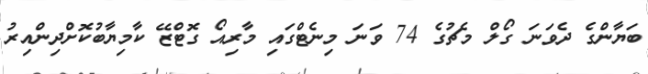
ބަޔާންގެ ދެވަނަ ގޯލް މެޗުގެ 74 ވަނަ މިނެޓްގައި މާރިއޯ ގޮޓްޒޭ ކާމިޔާބުކޮށްދިންއިރު